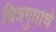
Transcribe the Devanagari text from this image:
चित्रगुप्ताचे